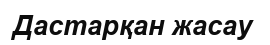
Дастарқан жасау